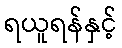
ရယူရန်နှင့်